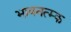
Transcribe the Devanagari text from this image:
भावनत्म्क